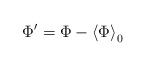
\begin{align*}\Phi^\prime = \Phi - \left\langle\Phi\right\rangle_{0}\end{align*}